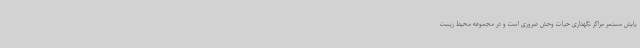
پایش مستمر مراکز نگهداری حیات وحش ضروری است و در مجموعه محیط زیست